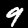
Digit: 9